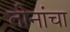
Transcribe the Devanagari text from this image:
तीनांचा